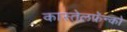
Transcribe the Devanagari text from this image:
कास्तेलफ्रॅन्को